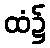
ထံ၌